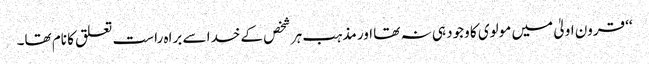
‘‘ قرون اولیٰ میں مولوی کا وجود ہی نہ تھا اور مذہب ہر شخص کے خدا سے براہ راست تعلق کا نام تھا۔